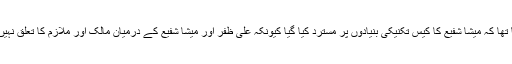
اس سے قبل سماء ٹی وی سے بات کرتے ہوئے نگہت داد کا کہنا تھا کہ میشا شفیع کا کیس تکنیکی بنیادوں پر مسترد کیا گیا کیونکہ علی ظفر اور میشا شفیع کے درمیان مالک اور ملازم کا تعلق نہیں، اس کا مطلب یہ نہیں کہ عدالت نے میشا کو قصوروار قرار دیا۔